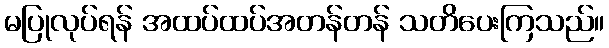
မပြုလုပ်ရန် အထပ်ထပ်အတန်တန် သတိပေးကြသည်။